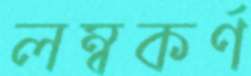
লম্বকর্ণ